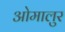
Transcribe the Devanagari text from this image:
ओमालुर